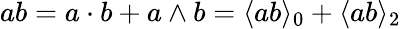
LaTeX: ab=a\cdot b+a\wedge b=\langle ab\rangle_{0}+\langle ab\rangle_{2}